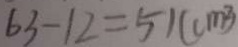
6 3 - 1 2 = 5 1 ( c m ^ { 2 } )